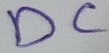
Text: DC